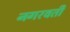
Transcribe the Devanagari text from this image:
नगरवर्ती